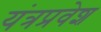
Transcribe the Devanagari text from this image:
यंत्रप्रवेश